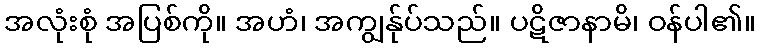
အလုံးစုံ အပြစ်ကို။ အဟံ၊ အကျွန်ုပ်သည်။ ပဋိဇာနာမိ၊ ဝန်ပါ၏။